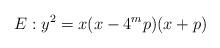
LaTeX: \begin{align*} E : y^{2} = x(x-4^{m}p)(x+p)\end{align*}